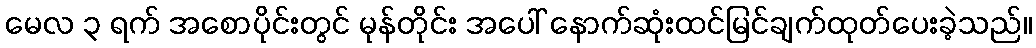
မေလ ၃ ရက် အစောပိုင်းတွင် မုန်တိုင်း အပေါ် နောက်ဆုံးထင်မြင်ချက်ထုတ်ပေးခဲ့သည်။